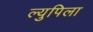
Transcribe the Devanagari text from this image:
ल्युपिला